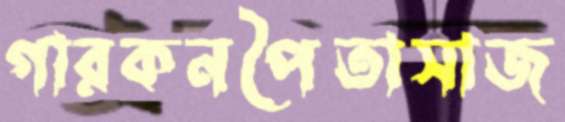
গারকনপৈতাসাজ